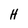
Character: H